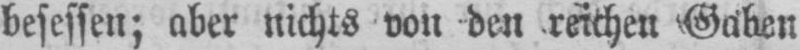
besessen; aber nichts von den reichen Gaben